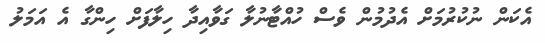
އެކަން ނުކުރުމަށް އެދުމުން ވެސް ހުއްޓާނުލާ ގަވާއިދާ ހިލާފަށް ހިންގާ އެ އަމަލު